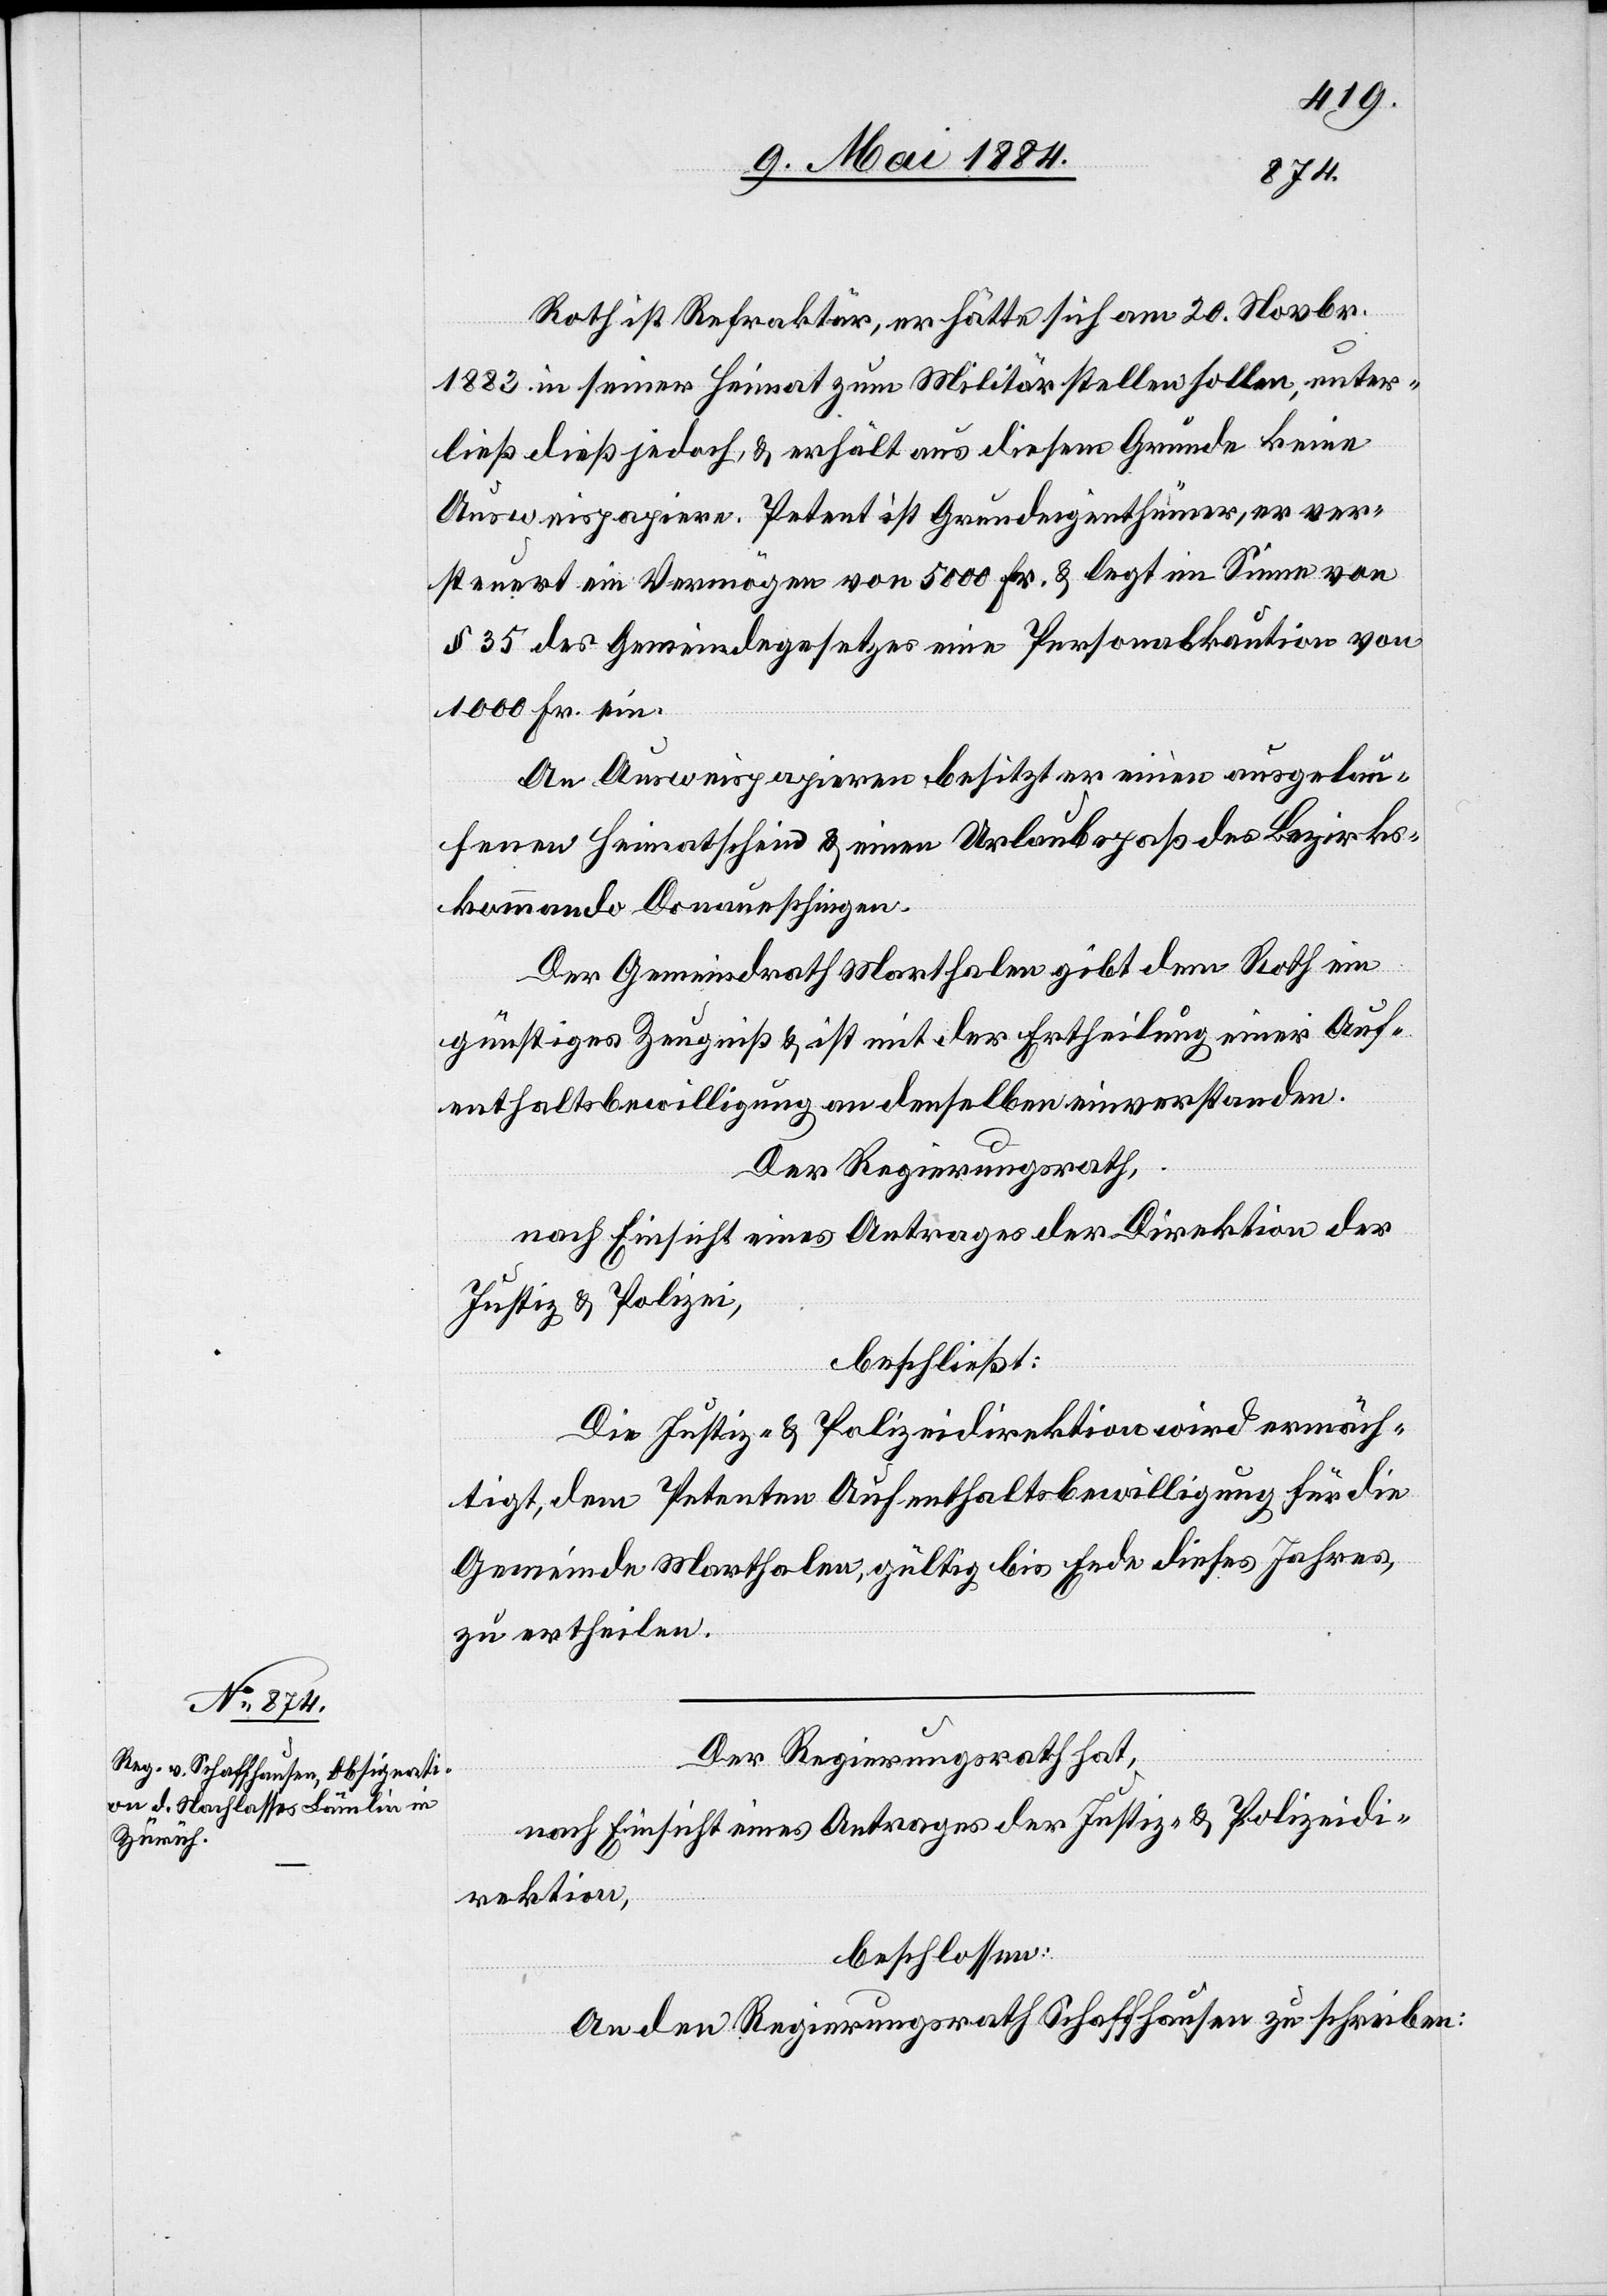
Roth ist Refraktär, er hätte sich am 20. Novbr.
1883 in seiner Heimat zum Militär stellen sollen, unter¬
ließ dieß jedoch, & erhält aus diesem Grunde keine
Ausweispapiere. Petent ist Grundeigenthümer, er ver¬
steuert ein Vermögen von 5000 Fr. & legt im Sinne von
§ 35 des Gemeindegesetzes eine Personalkaution von
1000 Fr. ein.
An Ausweispapieren besitzt er einen ausgelau¬
fenen Heimathschein & einen Urlaubspaß des Bezirks¬
kommando Andelfingen.
Der Gemeindrath Marthalen gibt dem Roth ein
günstiges Zeugniß & ist mit der Ertheilung einer Auf¬
enthaltsbewilligung an denselben einverstanden.
Der Regierungsrath,
nach Einsicht eines Antrages der Direktion der
Justiz & Polizei,
beschließt:
Die Justiz- & Polizeidirektion wird ermäch¬
tigt, dem Petenten Aufenthaltsbewilligung für die
Gemeinde Marthalen, gültig bis Ende dieses Jahres,
zu ertheilen.
Der Regierungsrath hat,
nach Einsicht eines Antrages der Justiz- & Polizeidi¬
rektion,
beschlossen:
An den Regierungsrath Schaffhausen zu schreiben: